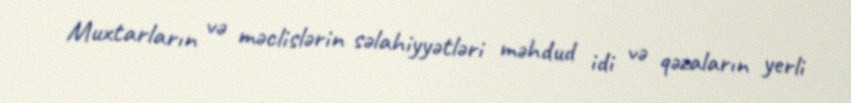
Muxtarların və məclislərin səlahiyyətləri məhdud idi və qəzaların yerli